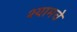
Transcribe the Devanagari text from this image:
श्यामचे